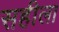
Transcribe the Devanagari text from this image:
सहीला